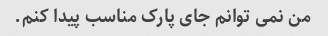
من نمی توانم جای پارک مناسب پیدا کنم.